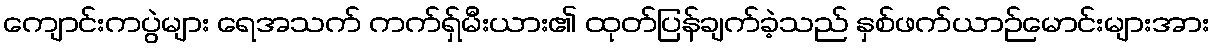
ကျောင်းကပွဲများ ရေအသက် ကက်ရှ်မီးယား၏ ထုတ်ပြန်ချက်ခဲ့သည် နှစ်ဖက်ယာဉ်မောင်းများအား